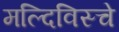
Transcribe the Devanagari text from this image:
मल्दिविस्चे